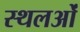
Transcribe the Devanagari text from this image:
स्थलओं